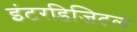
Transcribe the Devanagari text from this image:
इंटरडिजिटल